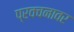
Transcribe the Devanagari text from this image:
प्रवचनावर